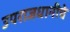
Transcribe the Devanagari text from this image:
उपराजधानीचे